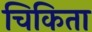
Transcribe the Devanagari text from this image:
चिकिता